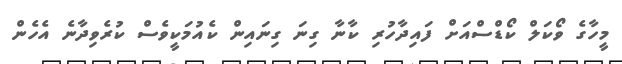
މީހާގެ ވޯކަލް ކޯޑްސްއަށް ފައިދާހުރި ކާނާ ގިނަ ގިނައިން ކެއުމަކީވެސް ކުރެވިދާނެ އެހެން